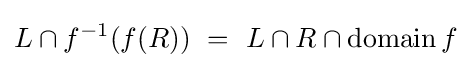
L\cap f^{-1}(f(R))~=~L\cap R\cap \operatorname {domain} f